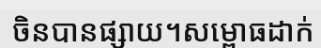
ចិនបានផ្សាយ។សម្ពោធដាក់